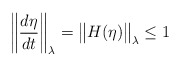
\begin{align*} \left\| \frac{d \eta}{dt} \right\|_\lambda = \big\| H(\eta) \big\|_\lambda \le 1 \end{align*}